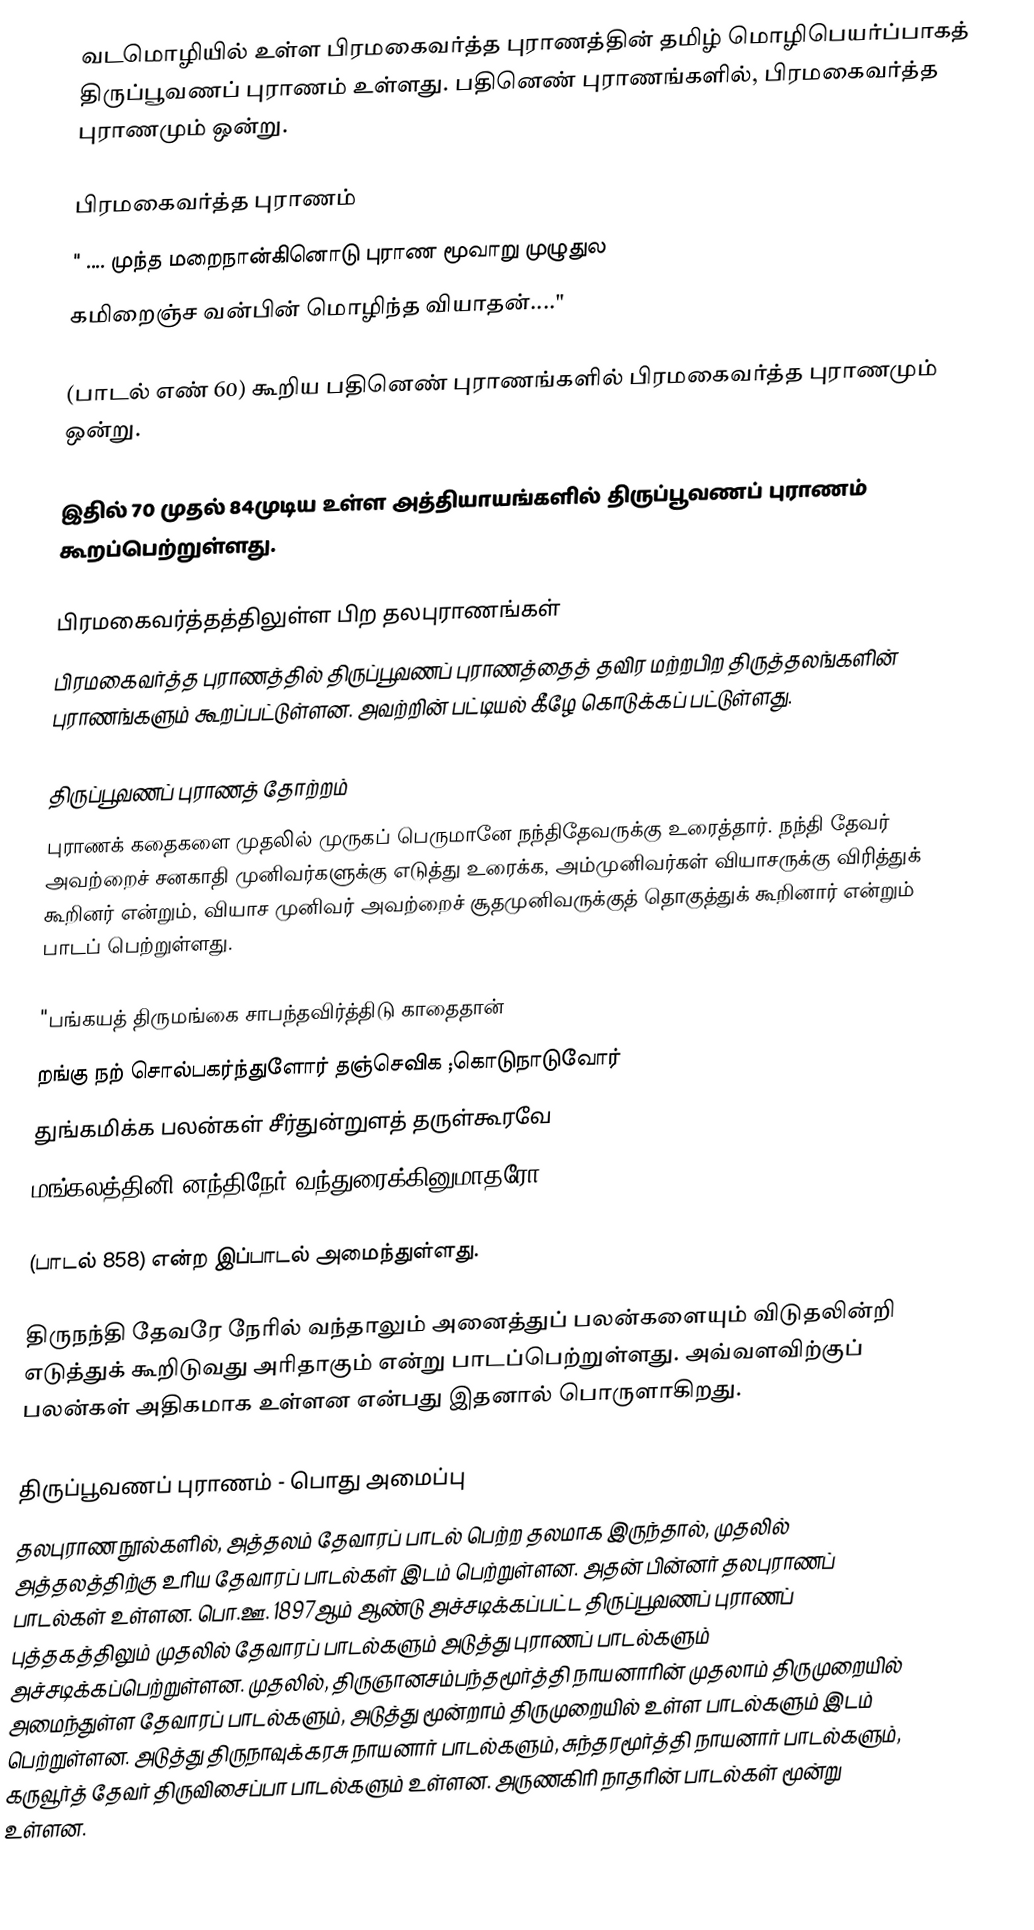
வடமொழியில் உள்ள பிரமகைவர்த்த புராணத்தின் தமிழ் மொழிபெயர்ப்பாகத் திருப்பூவணப் புராணம் உள்ளது.  பதினெண் புராணங்களில், பிரமகைவர்த்த புராணமும் ஒன்று.

பிரமகைவர்த்த புராணம்
" .... முந்த மறைநான்கினொடு புராண மூவாறு முழுதுல
கமிறைஞ்ச வன்பின் மொழிந்த வியாதன்...."

(பாடல் எண் 60) கூறிய பதினெண் புராணங்களில் பிரமகைவர்த்த புராணமும் ஒன்று.

இதில் 70 முதல் 84முடிய உள்ள அத்தியாயங்களில் திருப்பூவணப் புராணம் கூறப்பெற்றுள்ளது.

பிரமகைவர்த்தத்திலுள்ள பிற தலபுராணங்கள்
பிரமகைவர்த்த புராணத்தில் திருப்பூவணப் புராணத்தைத் தவிர மற்றபிற திருத்தலங்களின் புராணங்களும் கூறப்பட்டுள்ளன.  அவற்றின் பட்டியல் கீழே கொடுக்கப் பட்டுள்ளது.

திருப்பூவணப் புராணத் தோற்றம்
புராணக் கதைகளை முதலில் முருகப் பெருமானே நந்திதேவருக்கு உரைத்தார்.  நந்தி தேவர் அவற்றைச் சனகாதி முனிவர்களுக்கு எடுத்து உரைக்க, அம்முனிவர்கள் வியாசருக்கு விரித்துக் கூறினர் என்றும், வியாச முனிவர் அவற்றைச் சூதமுனிவருக்குத் தொகுத்துக் கூறினார் என்றும் பாடப் பெற்றுள்ளது.

"பங்கயத் திருமங்கை சாபந்தவிர்த்திடு காதைதான்
றங்கு நற் சொல்பகர்ந்துளோர் தஞ்செவிக ;கொடுநாடுவோர்
துங்கமிக்க பலன்கள் சீர்துன்றுளத்  தருள்கூரவே
மங்கலத்தினி னந்திநேர் வந்துரைக்கினுமாதரோ"

(பாடல் 858) என்ற இப்பாடல் அமைந்துள்ளது.

திருநந்தி தேவரே  நேரில் வந்தாலும் அனைத்துப் பலன்களையும் விடுதலின்றி எடுத்துக் கூறிடுவது அரிதாகும் என்று பாடப்பெற்றுள்ளது.   அவ்வளவிற்குப் பலன்கள் அதிகமாக உள்ளன என்பது இதனால் பொருளாகிறது.

திருப்பூவணப் புராணம் - பொது அமைப்பு
தலபுராண நூல்களில், அத்தலம் தேவாரப் பாடல் பெற்ற தலமாக இருந்தால், முதலில் அத்தலத்திற்கு உரிய தேவாரப் பாடல்கள் இடம் பெற்றுள்ளன. அதன் பின்னர் தலபுராணப் பாடல்கள் உள்ளன. பொ.ஊ. 1897ஆம் ஆண்டு அச்சடிக்கப்பட்ட திருப்பூவணப் புராணப் புத்தகத்திலும் முதலில் தேவாரப் பாடல்களும் அடுத்து புராணப் பாடல்களும் அச்சடிக்கப்பெற்றுள்ளன. முதலில், திருஞானசம்பந்தமூர்த்தி நாயனாரின் முதலாம் திருமுறையில் அமைந்துள்ள தேவாரப் பாடல்களும், அடுத்து மூன்றாம் திருமுறையில் உள்ள பாடல்களும் இடம் பெற்றுள்ளன.  அடுத்து திருநாவுக்கரசு நாயனார் பாடல்களும், சுந்தரமூர்த்தி நாயனார் பாடல்களும், கருவூர்த் தேவர் திருவிசைப்பா பாடல்களும் உள்ளன.  அருணகிரி நாதரின் பாடல்கள் மூன்று உள்ளன.